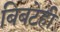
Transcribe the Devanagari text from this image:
बिबटेही